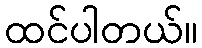
ထင်ပါတယ်။